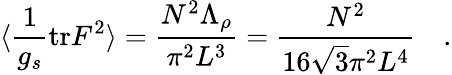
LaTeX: \langle\frac{1}{g_{s}}\mathrm{tr}F^{2}\rangle=\frac{N^{2}\Lambda_{\rho}}{\pi^{2}L^{3}}=\frac{N^{2}}{16\sqrt{3}\pi^{2}L^{4}}\quad.